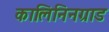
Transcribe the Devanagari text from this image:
कालिनिनग्राड